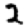
Digit: 2